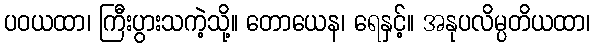
ပဝယထာ၊ ကြီးပွားသကဲ့သို့။ တောယေန၊ ရေနှင့်။ အနုပလိမ္ပတိယထာ၊